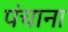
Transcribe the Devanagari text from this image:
पंचाना